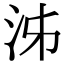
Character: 泲